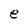
Character: e